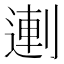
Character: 𰄻